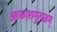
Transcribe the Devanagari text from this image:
आकाशमुत्पन्नम्‌